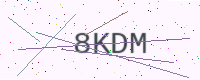
Text: 8KDM